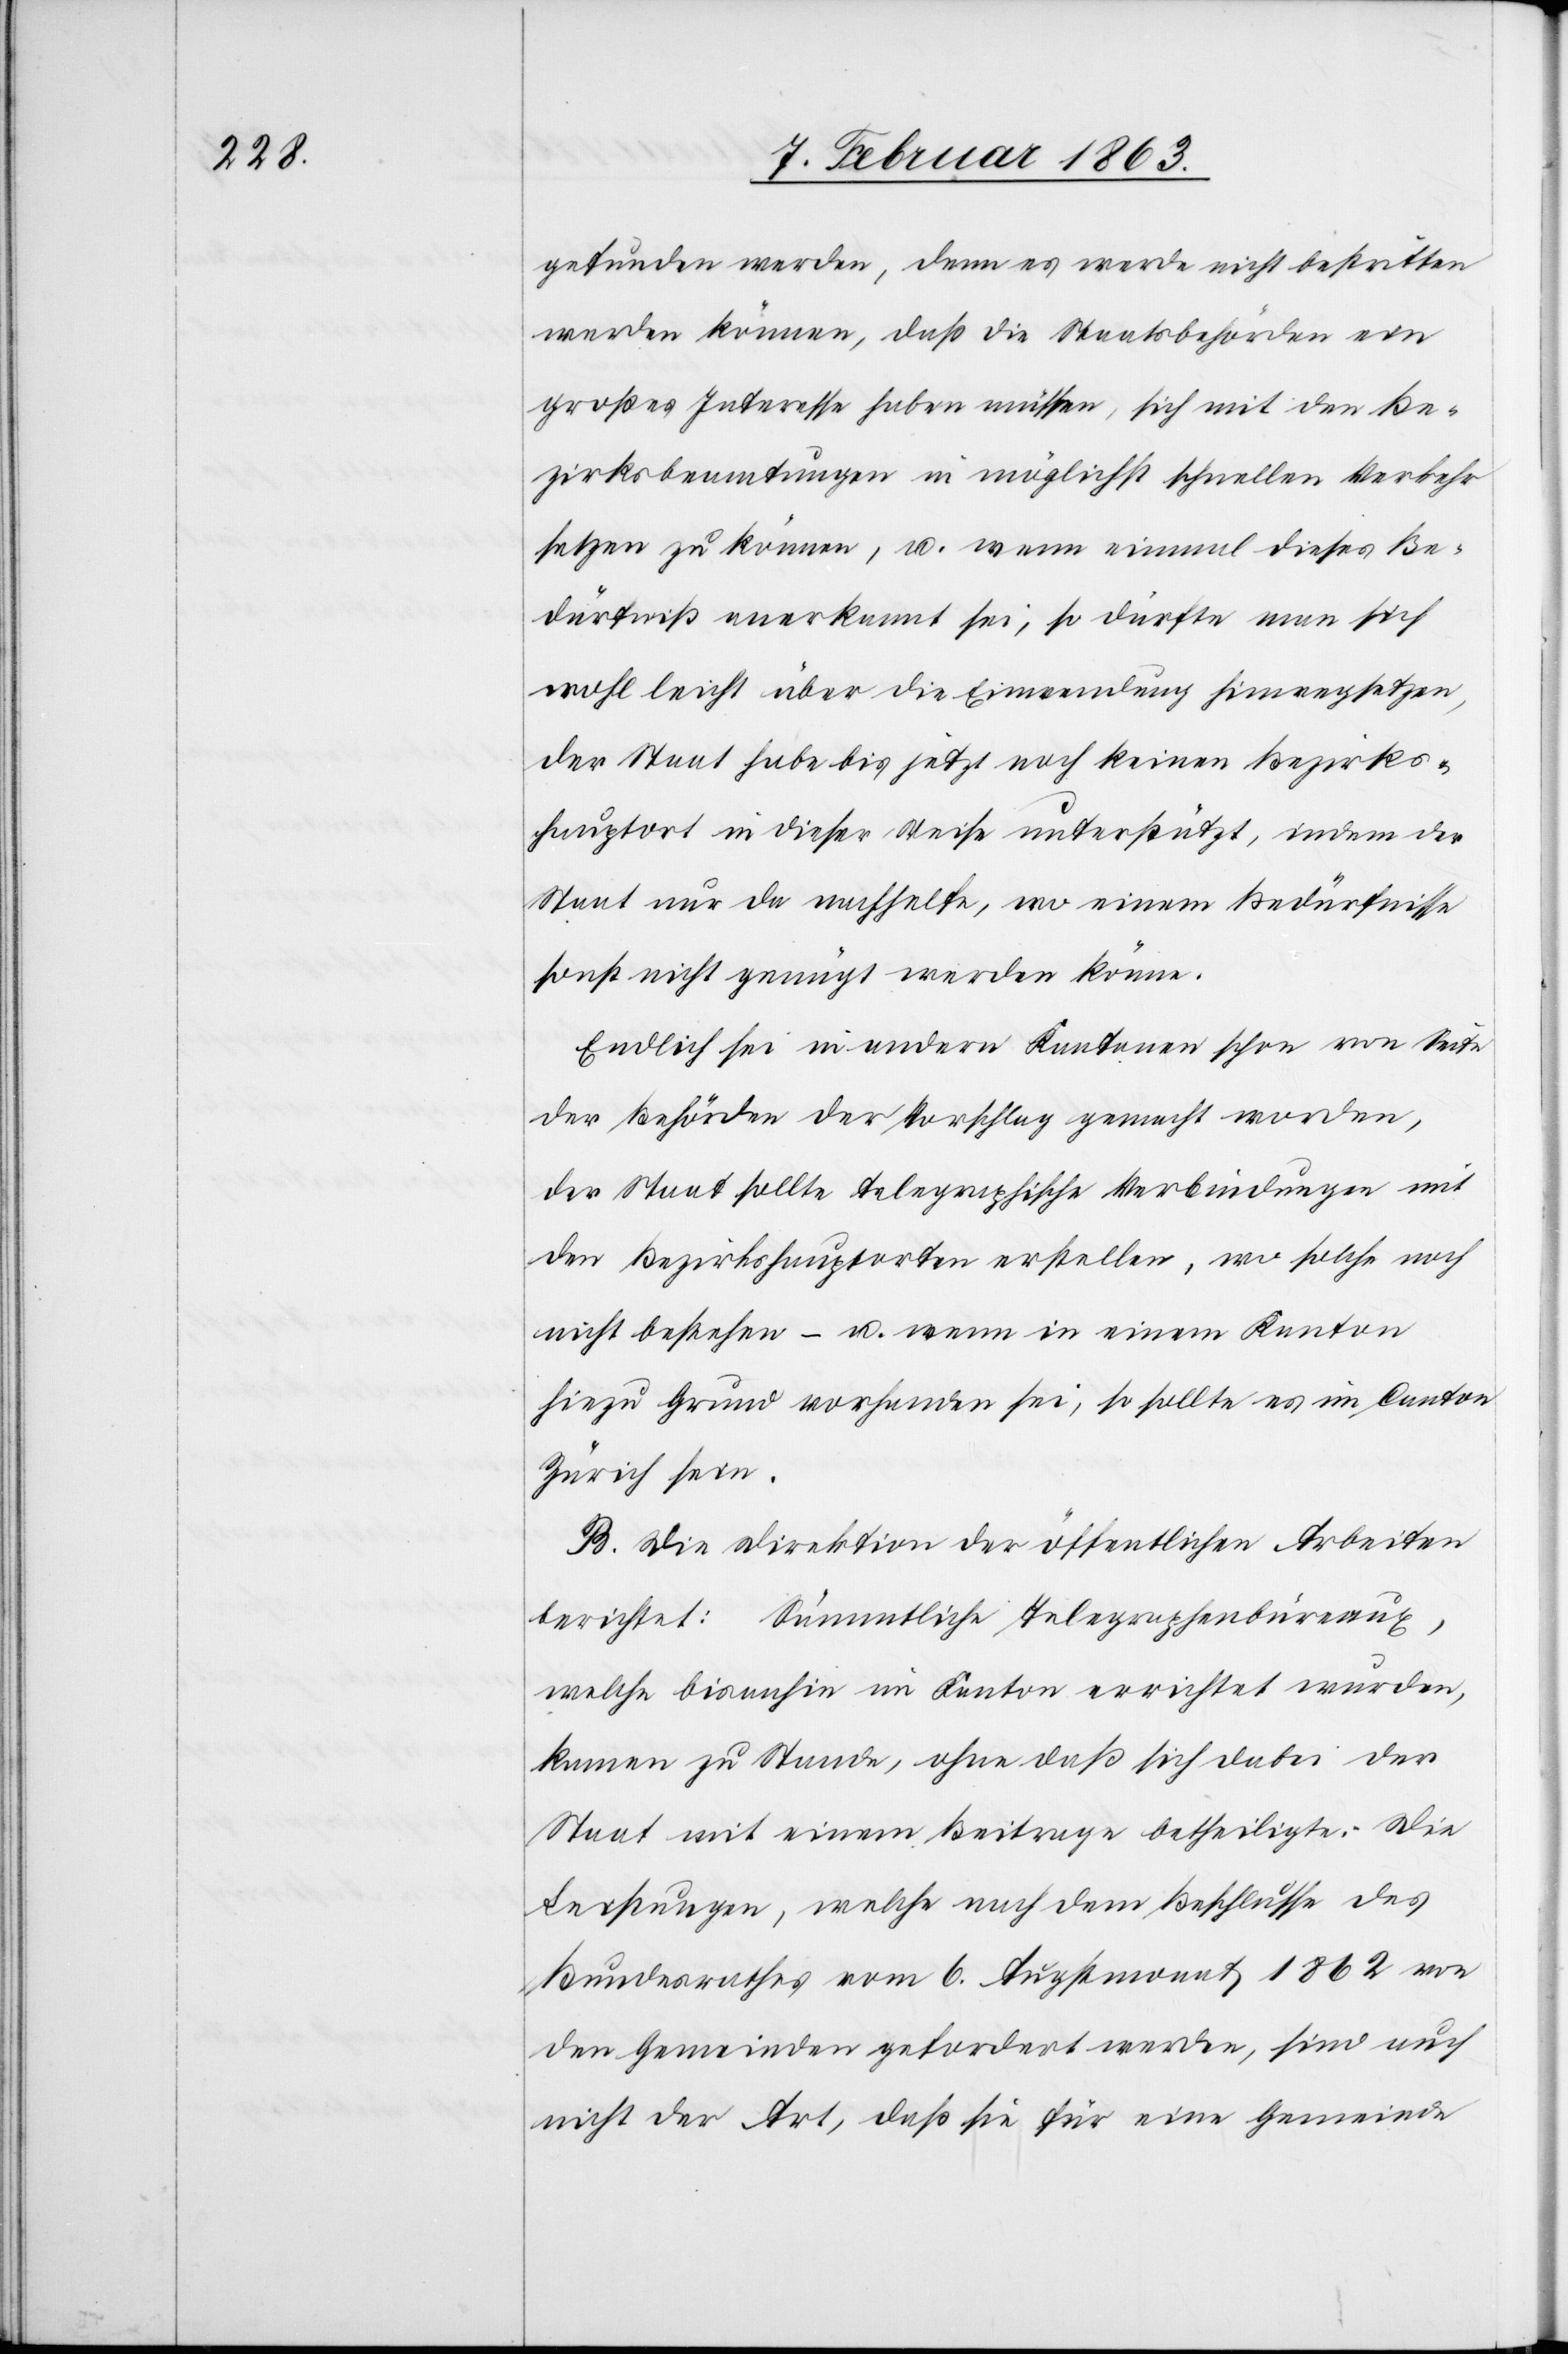
gefunden werden, denn es werde nicht bestritten
werden können, daß die Staatsbehörden ein
großes Interesse haben müssen, sich mit den Be¬
zirksbeamtungen in möglichst schnellen Verkehr
setzen zu können, u. wenn einmal dieses Be¬
dürfniß anerkannt sei, so dürfte man sich
wohl leicht über die Einwendung hinwegsetzen,
der Staat habe bis jetzt noch keinen Bezirks¬
hauptort in dieser Weise unterstützt, indem der
Staat nur da nachhelfe, wo einem Bedürfnisse
sonst nicht genügt werden könne.
Endlich sei in andern Kantonen schon von Seite
der Behörden der Vorschlag gemacht worden,
der Staat sollte telegraphische Verbindungen mit
den Bezirkshauptorten erstellen, wo solche noch
nicht bestehen – u. wenn in einem Kanton
hiezu Grund vorhanden sei, so sollte es im Canton
Zürich sein.
B. Die Direktion der öffentlichen Arbeiten
berichtet: Sämmtliche Telegraphenbüreaux,
welche bisanhin im Kanton errichtet wurden,
kamen zu Stande, ohne daß sich dabei der
Staat mit einem Beitrage betheiligte. Die
Leistungen, welche nach dem Beschlusse des
Bundesrathes vom 6. Augstmonat 1862 von
den Gemeinden gefordert werden, sind auch
nicht der Art, daß sie für eine Gemeinde